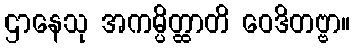
ဌာနေသု အကမ္ပိတ္ထာတိ ဝေဒိတဗ္ဗာ။